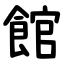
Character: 館